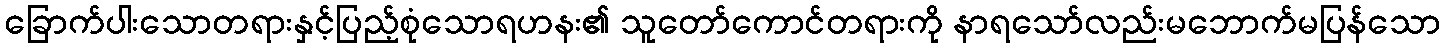
ခြောက်ပါးသောတရားနှင့်ပြည့်စုံသောရဟနး၏ သူတော်ကောင်တရားကို နာရသော်လည်းမဘောက်မပြန်သော